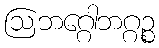
ဩဘဂ္ဂေါဘဂ္ဂဉ္စ